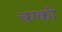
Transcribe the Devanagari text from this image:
चम्की